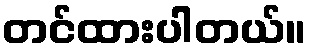
တင်ထားပါတယ်။